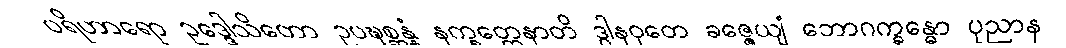
ပရိဟာရော ဥဒ္ဒေါသိတော ဥပဍ္ဎစ္ဆန္နံ နက္ခတ္တေနာတိ ဒွါနဝုတေ ခဇ္ဇေယျံ ဘောဂက္ခန္ဓော ပုညာန